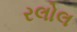
રલોલ